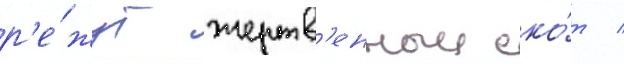
р'е́жут жертв'енныи ско́т /